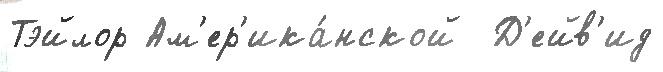
Тэйлор Ам'ер'ика́нской  Д'ейв'ид